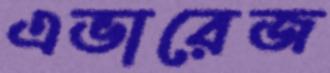
এভারেজ